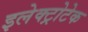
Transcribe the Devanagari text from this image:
इलेक्ट्रोटेक